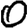
Digit: 0